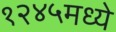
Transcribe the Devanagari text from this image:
१२४५मध्ये